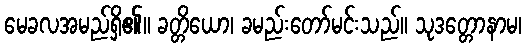
မေခလအမည်ရှိ၏။ ခတ္တိယော၊ ခမည်းတော်မင်းသည်။ သုဒတ္တောနာမ၊